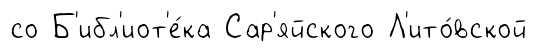
со Б'ибл'иот'е́ка Сар'яйского Л'ито́вской